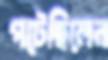
পটেছিলেন